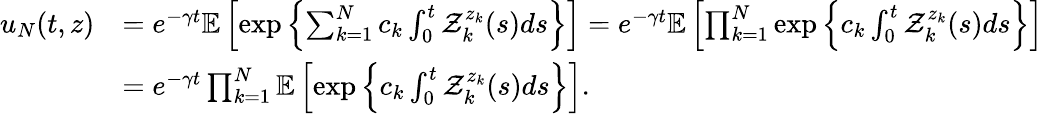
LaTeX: \begin{array}{rl}{u_{N}(t,z)}&{=e^{-\gamma t}\mathbb{E}\left[\exp\left\{ \sum_{k=1}^{N}c_{k}\int_{0}^{t}\mathcal{Z}_{k}^{z_{k}}(s)ds\right\} \right]=e^{-\gamma t}\mathbb{E}\left[\prod_{k=1}^{N}\exp\left\{ c_{k}\int_{0}^{t}\mathcal{Z}_{k}^{z_{k}}(s)ds\right\} \right]}\\ &{=e^{-\gamma t}\prod_{k=1}^{N}\mathbb{E}\left[\exp\left\{ c_{k}\int_{0}^{t}\mathcal{Z}_{k}^{z_{k}}(s)ds\right\} \right].}\end{array}